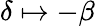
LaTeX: \delta\mapsto-\beta